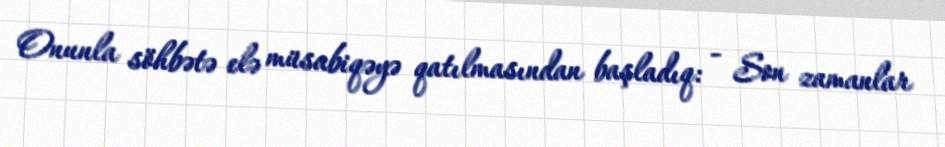
Onunla söhbətə elə müsabiqəyə qatılmasından başladıq: - Son zamanlar